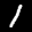
Label: 1